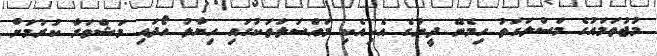
މުޖުތަމައުގެ މަސްލަހަތު ހިމެނޭ ދީނުގެ އެކިއެކި މައްސަލަތަކުގައި ހިޔާލު ހޯދައި މަޝްވަރާ ކުރުމަށް